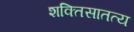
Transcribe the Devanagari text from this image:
शक्तिसातत्य